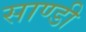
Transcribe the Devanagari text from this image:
साण्डी